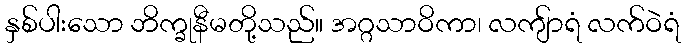
နှစ်ပါးသော ဘိက္ခုနီမတို့သည်။ အဂ္ဂသာဝိကာ၊ လကျ်ာရံ လက်ဝဲရံ